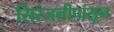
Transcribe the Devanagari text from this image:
सिरंजनीपासून